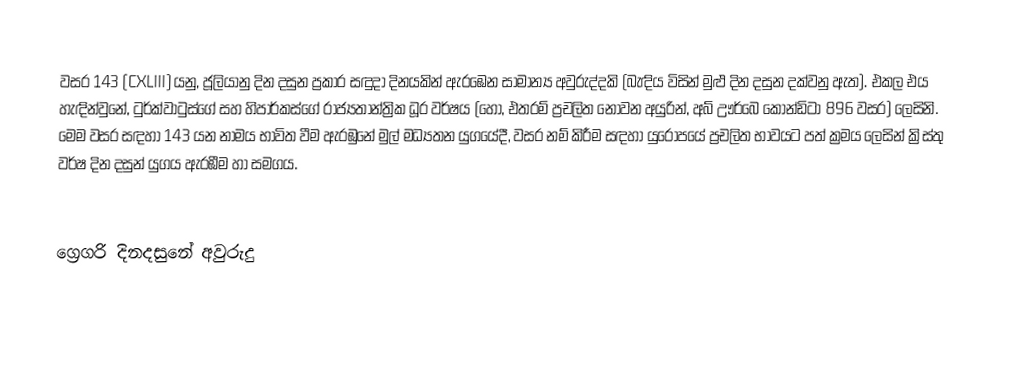

වසර 143 (CXLIII) යනු,  ජූලියානු දින දසුන ප්‍රකාර   සඳුදා දිනයකින් ඇරඹෙන සාමාන්‍ය අවුරුද්දකි  (බැඳිය විසින් මුළු දින දසුන දක්වනු ඇත). එකල එය හැඳින්වුනේ, ටුර්ක්වාටුස්ගේ සහ හිපාර්කස්ගේ රාජ්‍යතාන්ත්‍රික  ධූර වර්ෂය (හෝ, එතරම් ප්‍රචලිත නොවන අයුරින්,  අබ් ඌර්බෙ කෝන්ඩිටා  896 වසර) ලෙසිනි.  මෙම වසර සඳහා 143 යන නාමය භාවිත වීම ඇරඹුනේ මුල් මධ්‍යතන යුගයේදී, වසර නම් කිරීම සඳහා යුරෝපයේ ප්‍රචලිත භාවයට පත් ක්‍රමය ලෙසින් ක්‍රිස්තු වර්ෂ දින දසුන් යුගය ඇරඹීම හා සමගය.

ග්‍රෙගරි දිනදසුනේ අවුරුදු